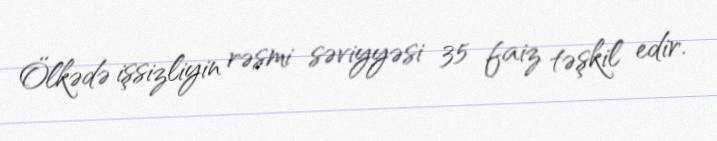
Ölkədə işsizliyin rəsmi səviyyəsi 35 faiz təşkil edir.